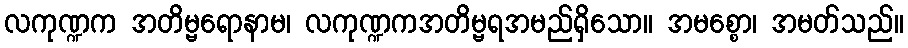
လကုဏ္ဍက အတိမ္ဗရောနာမ၊ လကုဏ္ဍကအတိမ္ဗရအမည်ရှိသော။ အမစ္စော၊ အမတ်သည်။